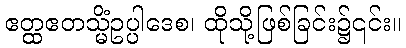
ဧတ္ထဧတသ္မိံဥပ္ပါဒေစ၊ ထိုသို့ဖြစ်ခြင်း၌၎င်း။